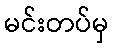
မင်းတပ်မှ